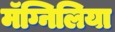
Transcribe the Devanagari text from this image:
मॅग्निलिया